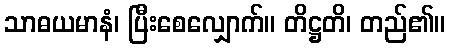
သာဓယမာနံ၊ ပြီးစေလျှောက်။ တိဋ္ဌတိ၊ တည်၏။